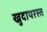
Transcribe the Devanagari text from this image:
खुदापरस्त